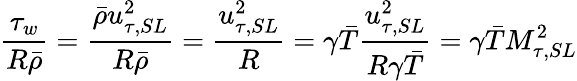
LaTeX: \frac{\tau_{w}}{R\bar{\rho}}=\frac{\bar{\rho}u_{\tau,SL}^{2}}{R\bar{\rho}}=\frac{u_{\tau,SL}^{2}}{R}=\gamma\bar{T}\frac{u_{\tau,SL}^{2}}{R\gamma\bar{T}}=\gamma\bar{T}M_{\tau,SL}^{2}